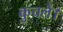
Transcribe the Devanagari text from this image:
कुचले।